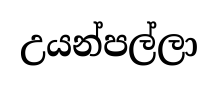
උයන්පල්ලා